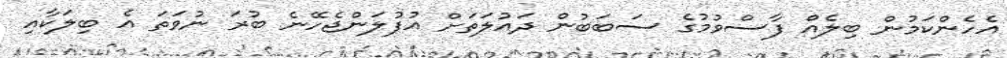
އެހެންކަމުން ބިލެއް ފާސްވުމުގެ ސަބަބުން ދައުލަތަށް އުފުލަންޖެހޭނެ ބުރަ ނުވަތަ އެ ބިލަކާއި